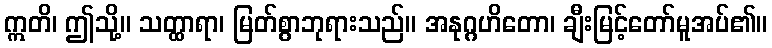
ဣတိ၊ ဤသို့။ သတ္ထာရာ၊ မြတ်စွာဘုရားသည်။ အနုဂ္ဂဟိတော၊ ချီးမြင့်တော်မူအပ်၏။